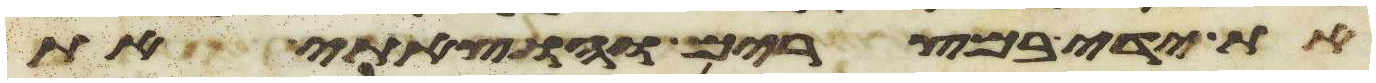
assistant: את ידי במצרים והוצאתי את